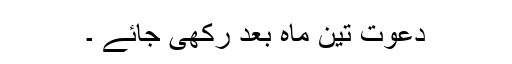
دعوت تین ماہ بعد رکھی جائے ۔